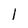
Character: 1